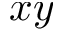
x y